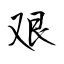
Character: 艰